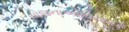
યોજનાઓનિયામક